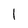
Character: l